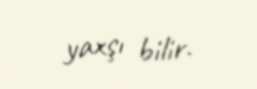
yaxşı bilir.